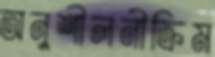
অনুশীলনীক্রিম